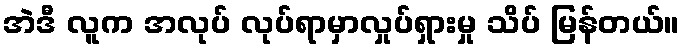
အဲဒီ လူက အလုပ် လုပ်ရာမှာလှုပ်ရှားမှု သိပ် မြန်တယ်။